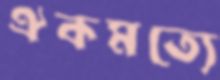
ঐকমত্যে